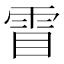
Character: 𮦋